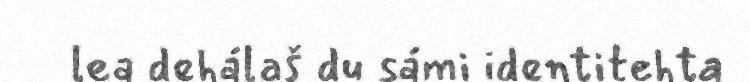
lea dehálaš du sámi identitehta